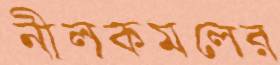
নীলকমলের